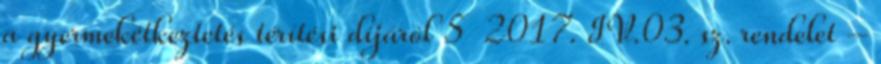
a gyermekétkeztetés térítési díjáról 5 2017. IV.03. sz. rendelet –